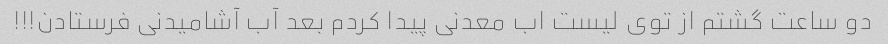
دو ساعت گشتم از توی لیست اب معدنی پیدا کردم بعد آب آشامیدنی فرستادن!!!